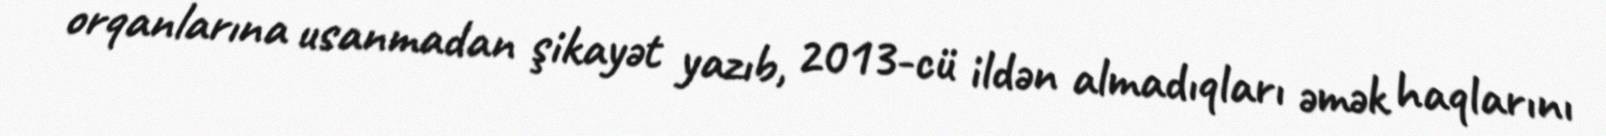
orqanlarına usanmadan şikayət yazıb, 2013-cü ildən almadıqları əmək haqlarını